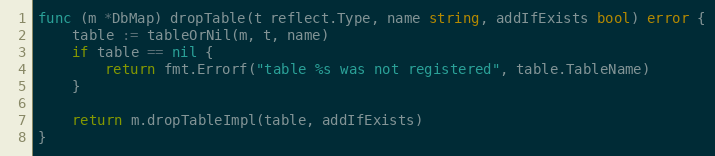
Language: Go
func (m *DbMap) dropTable(t reflect.Type, name string, addIfExists bool) error {
	table := tableOrNil(m, t, name)
	if table == nil {
		return fmt.Errorf("table %s was not registered", table.TableName)
	}

	return m.dropTableImpl(table, addIfExists)
}